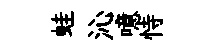
蛙沁噫恃